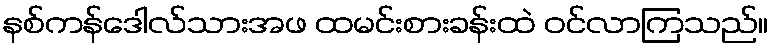
နစ်ကန်ဒေါလ်သားအဖ ထမင်းစားခန်းထဲ ဝင်လာကြသည်။